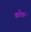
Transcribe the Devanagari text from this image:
काँछ